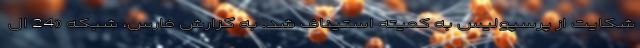
شکایت از پرسپولیس به کمیته استیناف شد. به گزارش فارس، شبکه «24 ال